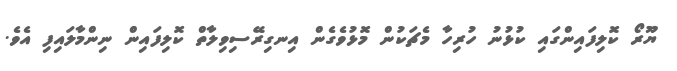
ޔޫރޯ ކޮލިފައިންގައި ކުޅުނު ހުރިހާ މެޗަކުން މޮޅުވެގެން އިނގިރޭސިވިލާތް ކޮލިފައިން ނިންމާލައިފި އެވެ.